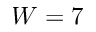
W = 7